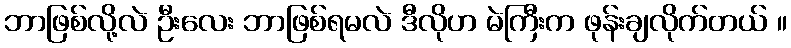
ဘာဖြစ်လို့လဲ ဦးလေး ဘာဖြစ်ရမလဲ ဒီလိုဟ မဲကြီးက ဖုန်းချလိုက်တယ် ။